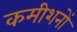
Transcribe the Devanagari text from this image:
कमीशनों